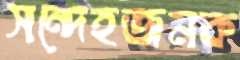
সন্দেহজনক